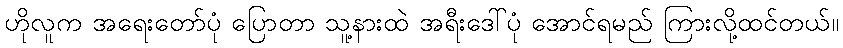
ဟိုလူက အရေးတော်ပုံ ပြောတာ သူ့နားထဲ အရီးဒေါ်ပုံ အောင်ရမည် ကြားလို့ထင်တယ်။